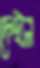
দেইল